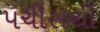
પચીસથી